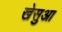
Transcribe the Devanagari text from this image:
खेसुआ